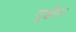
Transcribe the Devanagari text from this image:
युझैन